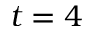
t = 4